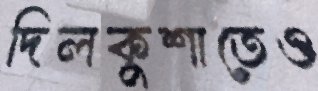
দিলকুশাতেও